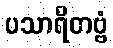
ပသာရိတဗ္ဗံ